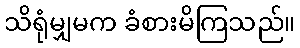
သိရုံမျှမက ခံစားမိကြသည်။